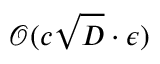
\mathcal { O } ( c \sqrt { D } \cdot \epsilon )